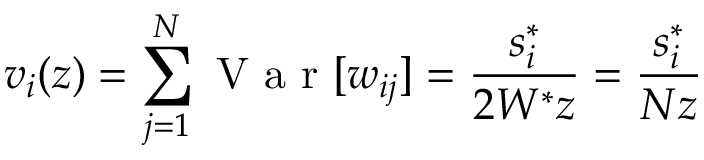
v _ { i } ( z ) = \sum _ { j = 1 } ^ { N } \textrm { V a r } [ w _ { i j } ] = \frac { s _ { i } ^ { * } } { 2 W ^ { * } z } = \frac { s _ { i } ^ { * } } { N z }